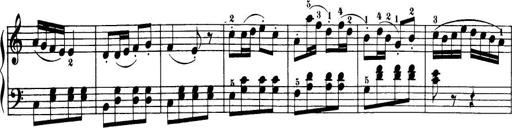
Title: 32 Sonatinas and Rondos for the Piano
Composer: Richard Kleinmichel